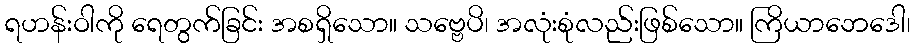
ရဟန်းဝါကို ရေတွက်ခြင်း အစရှိသော။ သဗ္ဗေပိ၊ အလုံးစုံလည်းဖြစ်သော။ ကြိယာဘေဒေါ၊